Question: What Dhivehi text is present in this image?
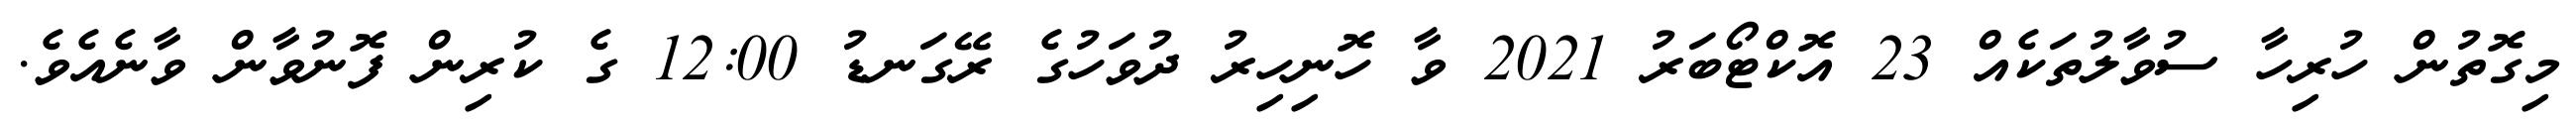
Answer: މިގޮތުން ހުރިހާ ސުވާލުތަކެއް 23 އޮކްޓޯބަރު 2021 ވާ ހޮނިހިރު ދުވަހުގެ ރޭގަނޑު 12:00 ގެ ކުރިން ފޮނުވާން ވާނެއެވެ.